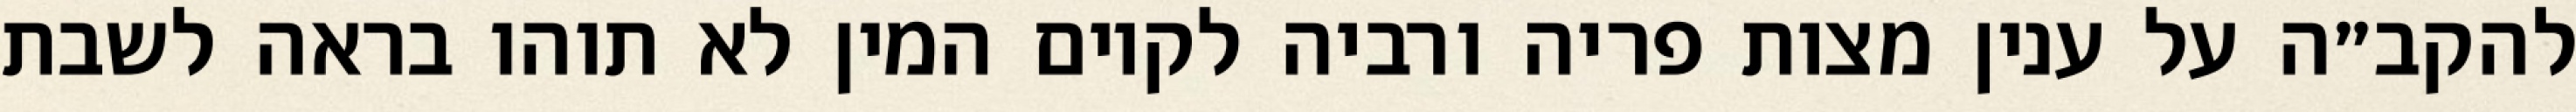
להקב״ה על ענין מצות פריה ורביה לקיום המין לא תוהו בראה לשבת